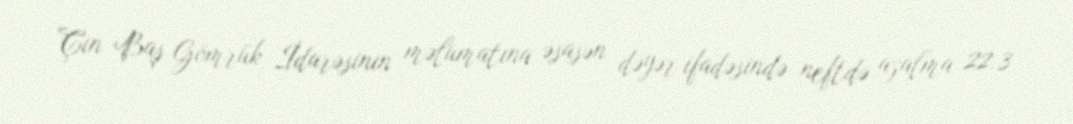
Çin Baş Gömrük İdarəsinin məlumatına əsasən dəyər ifadəsində neftdə azalma 22.3